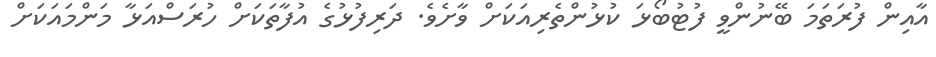
އާއިން ފުރަތަމަ ބޭނުންވީ ފުޓުބޯޅަ ކުޅުންތެރިއަކަށް ވާށެވެ. ދަރިފުޅުގެ އުފާތަކަށް ހުރަސްއަޅާ މަންމައަކަށް